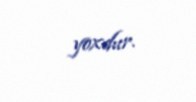
yoxdur.